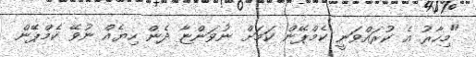
"މިހާރު އެ ކުރައްވަނީ ކެމްޕޭން ކަމަށް ނުވަންޏާ ދެން ހިޔެއް ނުވޭ ކެމްޕޭން